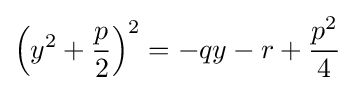
\left(y^{2}+{\frac {p}{2}}\right)^{2}=-qy-r+{\frac {p^{2}}{4}}